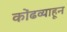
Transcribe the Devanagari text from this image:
कोंढव्याहून